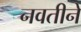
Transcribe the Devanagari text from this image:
नवतीने